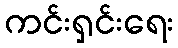
ကင်းရှင်းရေး